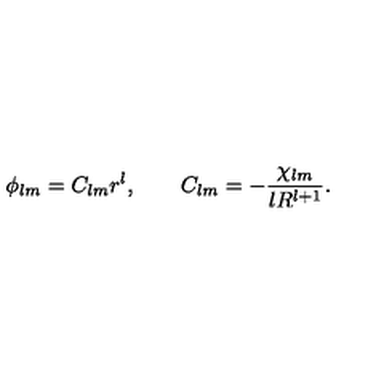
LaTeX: \phi _ { l m } = C _ { l m } r ^ { l } , \qquad C _ { l m } = - \frac { \chi _ { l m } } { l R ^ { l + 1 } } .